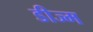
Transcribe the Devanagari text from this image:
डीज्म